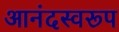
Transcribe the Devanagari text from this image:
आनंदस्वरूप